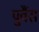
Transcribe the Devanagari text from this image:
पुर्वैस